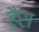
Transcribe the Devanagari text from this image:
हैरा